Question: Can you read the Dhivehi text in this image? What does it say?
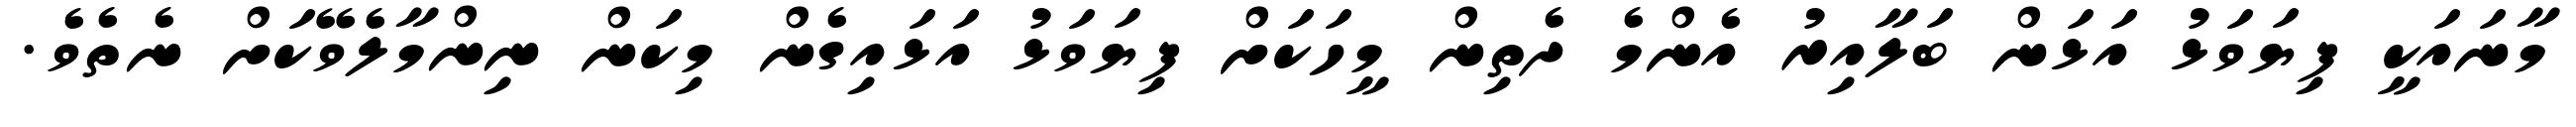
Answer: މާނައަކީ ފިޔަވަޅު އަޅަން ބަލާއިރު އެންމެ ދެތިން މީހަކަށް ފިޔަވަޅު އަޅައިގެން މިކަން ނިންމާލެވޭކަށް ނެތެވެ.